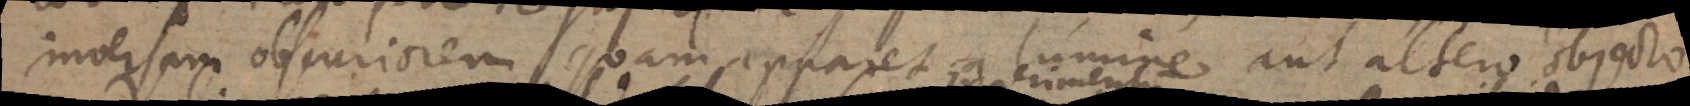
inversam obscuriorem quam apparet a lumine aut altero objecto